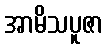
အာမိသပူဇာ